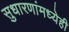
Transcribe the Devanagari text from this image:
सुधारणांमध्येही